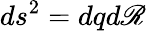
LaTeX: ds^{2}=dqd\mathscr{R}